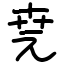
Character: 𠒖